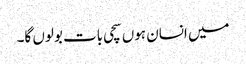
میں انسان ہوں سچی بات بولوں گا۔